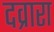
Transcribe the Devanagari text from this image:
दव्रारा